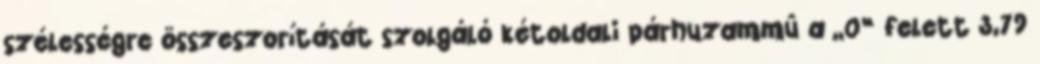
szélességre összeszorítását szolgáló kétoldali párhuzammû a „0” felett 3,79